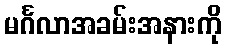
မင်္ဂလာအခမ်းအနားကို